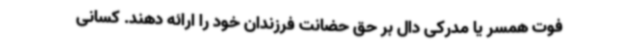
فوت همسر یا مدرکی دال بر حق حضانت فرزندان خود را ارائه دهند. کسانی